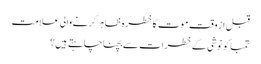
قبل از وقت موت کا خطرہ ظاہر کرنے والی علامت
تمباکو نوشی کے خطرات سے بچنا چاہتے ہیں؟